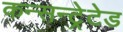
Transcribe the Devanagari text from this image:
कन्सन्ट्रेटेड